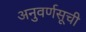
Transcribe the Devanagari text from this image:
अनुवर्णसूची